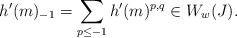
\begin{align*}h'(m)_{-1} = \sum_{p \leq -1} h'(m)^{p,q} \in W_w(J).\end{align*}